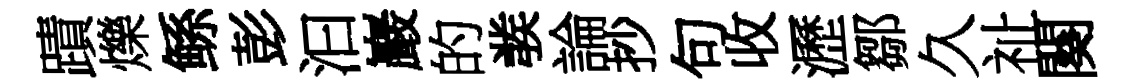
蹟爍鲧彭汩巖的彂論抄句收瀝鄒久祉闋